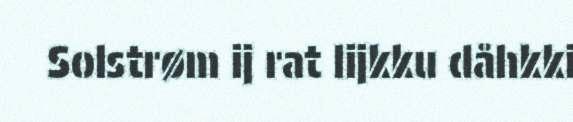
Solstrøm ij rat lijkku dåhkki